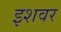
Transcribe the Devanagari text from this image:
इशवर